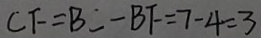
C F = B C - B F = 7 - 4 = 3